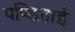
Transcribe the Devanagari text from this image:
पण्डिताई